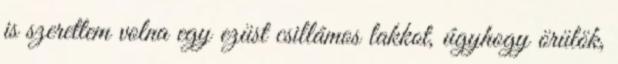
is szerettem volna egy ezüst csillámos lakkot, úgyhogy örülök,